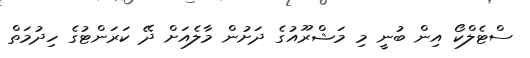
ސްޓެލްކޯ އިން ބުނީ މި މަޝްރޫއުގެ ދަށުން މާލެއަށް ދޭ ކަރަންޓުގެ ހިދުމަތް